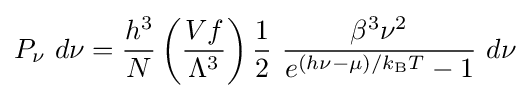
P_{\nu }~d\nu ={\frac {h^{3}}{N}}\left({\frac {Vf}{\Lambda ^{3}}}\right){\frac {1}{2}}~{\frac {\beta ^{3}\nu ^{2}}{e^{(h\nu -\mu )/k_{\rm {B}}T}-1}}~d\nu